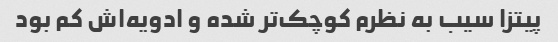
پیتزا سیب به نظرم کوچک‌تر شده و ادویه‌اش کم بود